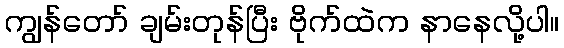
ကျွန်တော် ချမ်းတုန်ပြီး ဗိုက်ထဲက နာနေလို့ပါ။